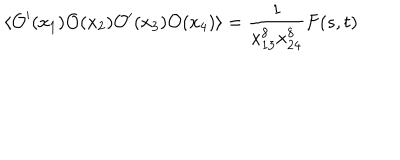
LaTeX: \langle { \mathcal O } ^ { \prime } ( x _ { 1 } ) { \mathcal O } ( x _ { 2 } ) { \mathcal O } ^ { \prime } ( x _ { 3 } ) { \mathcal O } ( x _ { 4 } ) \rangle = \frac { 1 } { x _ { 1 3 } ^ { 8 } x _ { 2 4 } ^ { 8 } } F ( s , t )